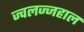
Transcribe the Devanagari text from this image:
ज्वलज्जहाल